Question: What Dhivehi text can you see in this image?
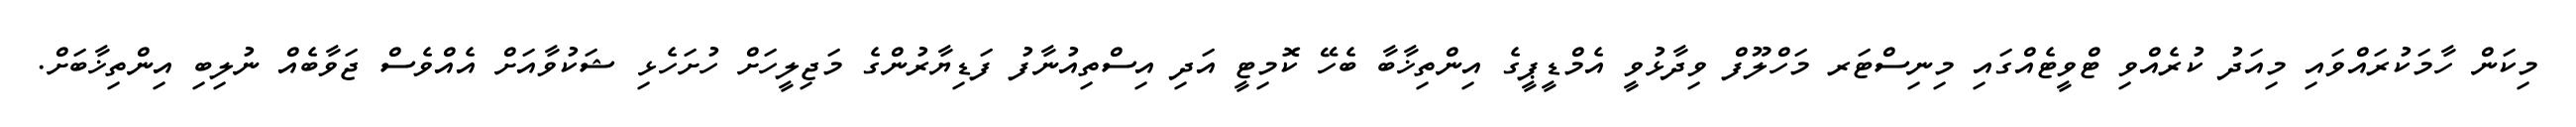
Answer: މިކަން ހާމަކުރައްވައި މިއަދު ކުރެއްވި ޓްވީޓެއްގައި މިނިސްޓަރ މަހްލޫފް ވިދާޅުވީ އެމްޑީޕީގެ އިންތިޚާބާ ބެހޭ ކޮމިޓީ އަދި އިސްތިއުނާފު ފަޑިޔާރުންގެ މަޖިލީހަށް ހުށަހެޅި ޝަކުވާއަށް އެއްވެސް ޖަވާބެއް ނުލިބި އިންތިޚާބަށް.